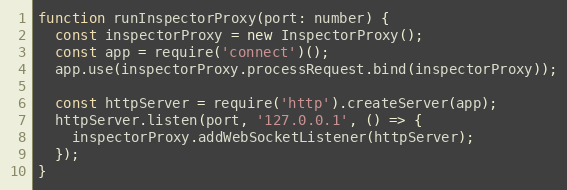
Language: JavaScript
function runInspectorProxy(port: number) {
  const inspectorProxy = new InspectorProxy();
  const app = require('connect')();
  app.use(inspectorProxy.processRequest.bind(inspectorProxy));

  const httpServer = require('http').createServer(app);
  httpServer.listen(port, '127.0.0.1', () => {
    inspectorProxy.addWebSocketListener(httpServer);
  });
}